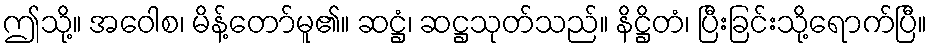
ဤသို့။ အဝေါစ၊ မိန့်တော်မူ၏။ ဆဋ္ဌံ၊ ဆဋ္ဌသုတ်သည်။ နိဋ္ဌိတံ၊ ပြီးခြင်းသို့ရောက်ပြီ။